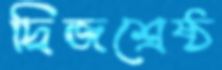
দ্বিজশ্রেষ্ঠ